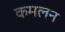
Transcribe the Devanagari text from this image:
कमलन